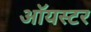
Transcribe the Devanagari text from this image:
ऑयस्टर